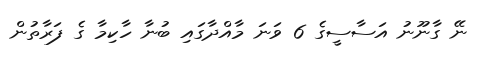
ނޭ ގާނޫނު އަސާސީގެ 6 ވަނަ މާއްދާގައި ބުނާ ހާކިމާ ގެ ފަރާތުން